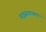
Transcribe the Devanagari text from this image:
वाइसचान्स्लर